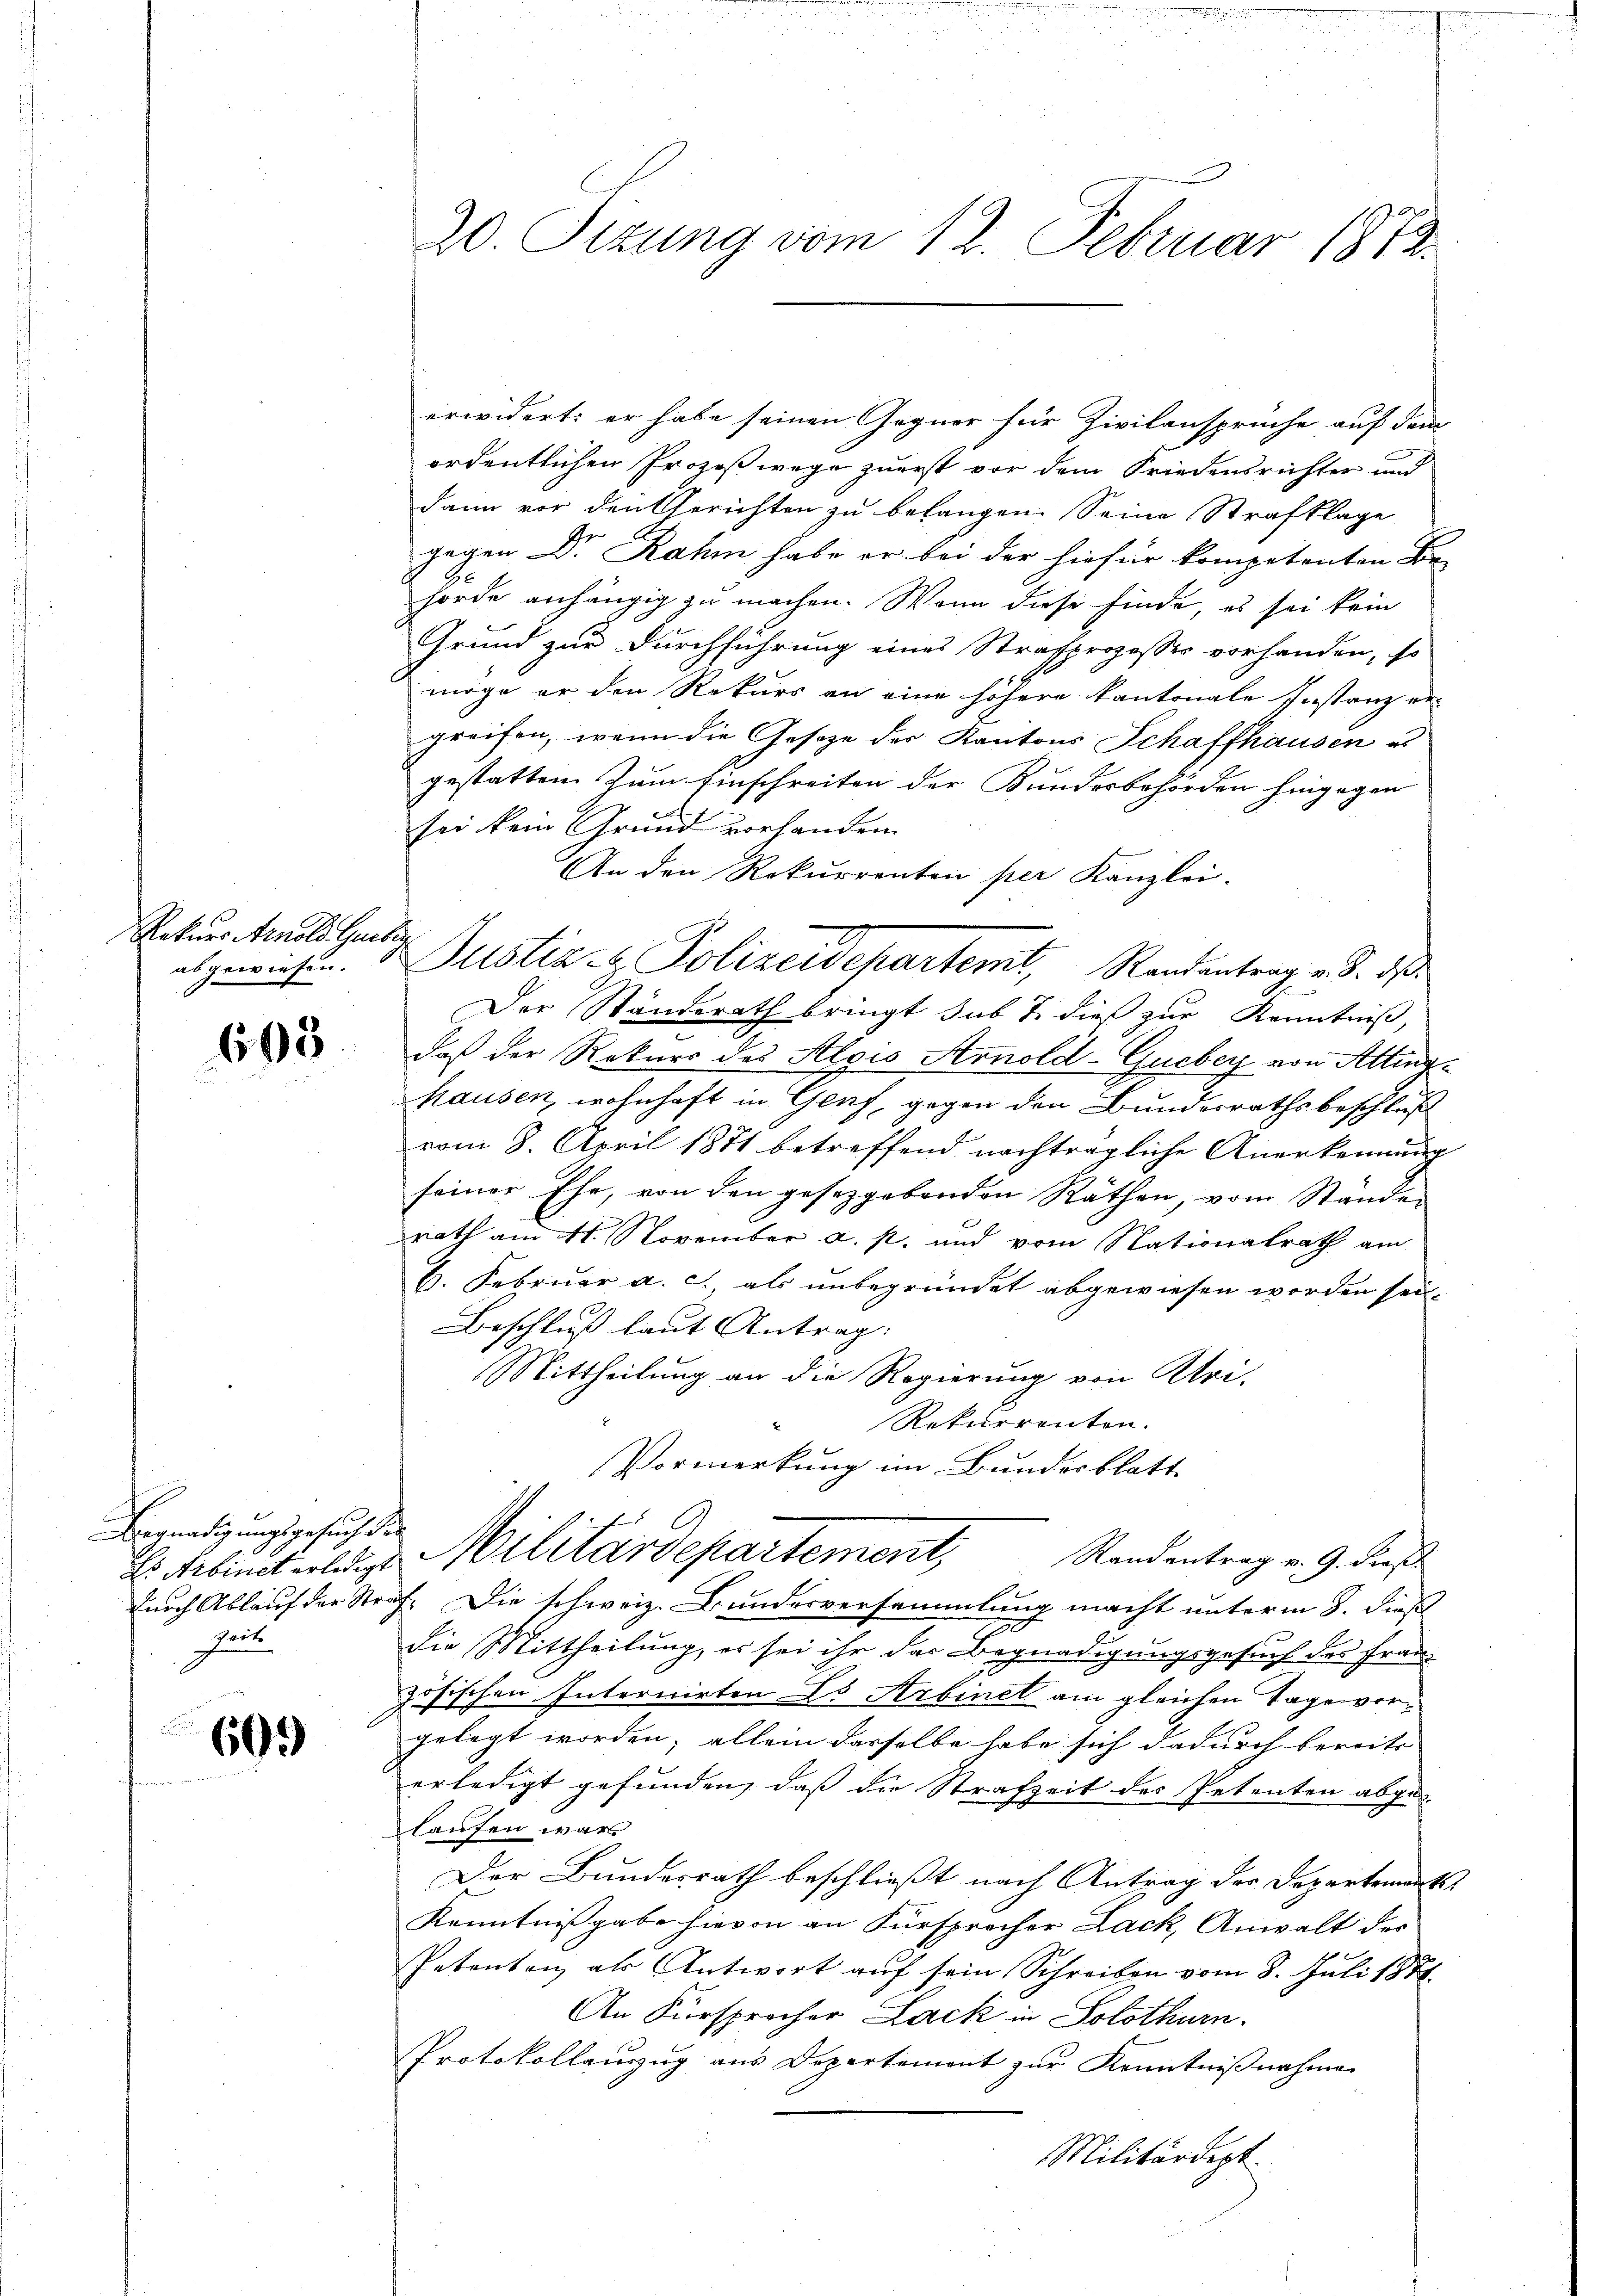
Rekurs Arnold Geilig
abgewiesen.

603.

Begnadigungsgesuch der
Zeit

609

20. Sizung vom 12. Februar 1812.

Justiz- & Polizeidepartemt, Randentrag u. d. d.

erwidert: er habe seinen Gegner für Zivilansprüche auf dem
ordentlichen Prozeßwege zuerst vor dem Friedensrichter und
dann vor den Gerichten zu belangen. Seine Strafklage
gegen Dr. Rahm habe er bei der hiefür kompetenten Be-
hörde anhängig zu machen. Wenn diese finde, es sei kein
Grund zur Durchführung eines Strafprozesses vorhanden, so
möge er den Rekurs an eine höhere kantonale Instanz er-
greifen, wenn die Gesetze des Kantons Schaffhausen es
gestatten Zum Einschreiten der Kundesbehörden hingegen
sei kein Grund vorhanden.
An den Rekurrenten per Kanzlei-
Der Standerath bringt sub 7. dieß zur Kenntniß,
daß der Rekurs des Alois Arnold-Gueber von Attinghausen, wohnhaft in Genf, gegen den Bundesrathsbeschluß
vom 8. April 1871 betreffend nachträgliche Anerkennung
seiner Ehe, von den gesetzgebenden Räthen, vom Stände
rath am 11. November a. p. und vom Nationalrath am
6. Februar a. c. als unbegründet abgewiesen worden sei.
Beschluß laut Antrag: |
Mittheilung an die Regierung von Uri-
Rekurrenten.
Vormerkung im Bundesblatt
.

Randentrag v. 9. dieß
E: Arbinet erlegt. Militärdepartement,

durch Ablauf der Straf. Die schweiz. Bundesversammlung macht unterm 8. dieß
die Mittheilung, es sei ihr das Begnadigungsgesuch des Frau-
zösischen Internirten L. Arbinet am gleichen Tagenvorgelegt worden; allein derselbe habe sich dadurch bereits
erledigt gefunden, daß die Strafzeit der Petenten abgelaufen war
Der Bundesrath beschließt nach Antrag der Departement
Kenntnißgabe hievon an Fürsprecher Lack, Anwalt der
Petenten als Antwort auf sein Schreiben vom 8. Juli 1871.
An Fürsprocher Lack in Solothurn.
Protokollanzug aus Departement zur Kenntnißnahmen
Militärdept.